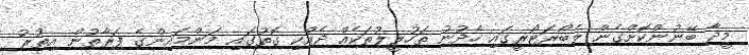
މީދާ ބޭނުންކޮށްގެން ލެބޯރަޓޯރީގައި ހެދުނު ތަހުލީލުތަކެއް ދެއްކި ގޮތުގައި މަންމައިންގެ ފަރާތުން އިތުރު